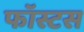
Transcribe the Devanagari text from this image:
फॉस्टस